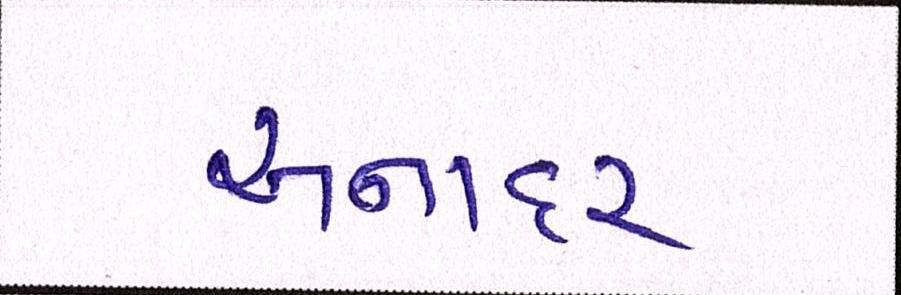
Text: અનાદર